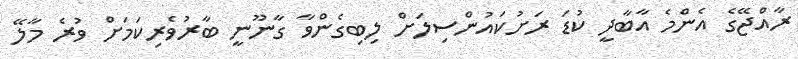
ރާއްޖޭގެ އެންމެ އާބާދީ ކުޑަ ރަށުކައުންސިލަށް ލިބިގެންވާ ގާނޫނީ ބާރުވެރިކަމަށް ވުރެ މާލޭ